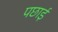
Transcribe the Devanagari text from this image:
पछाई